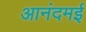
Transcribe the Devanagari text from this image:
आनंदमई